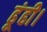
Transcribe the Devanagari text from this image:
ढूंढी।